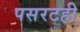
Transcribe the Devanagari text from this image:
पसरटही